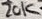
Text: 20K